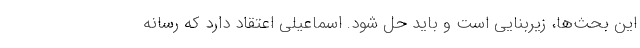
این بحث‌ها، زیربنایی است و باید حل شود. اسماعیلی اعتقاد دارد که رسانه